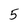
Character: 5